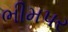
ભીમપર